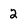
Character: 2